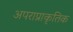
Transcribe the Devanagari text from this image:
अपराप्राकृतिक